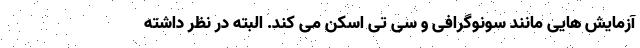
آزمایش هایی مانند سونوگرافی و سی تی اسکن می کند. البته در نظر داشته